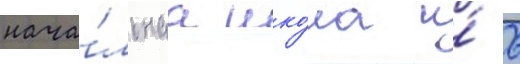
нача́льнаа шко́ла и́ 6